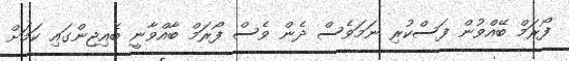
ފޯރަމް ބޭއްވުން ފަސްކުރި ނަމަވެސް ދެން ވެސް ފޯރަމް ބާއްވާނީ ބެއިޖިންގައި ކަމަށް